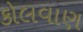
કોલવાણ